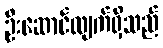
ဦးဆောင်လျက်ရှိသည်